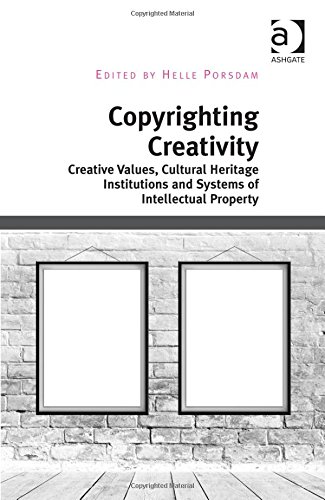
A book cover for Copyrighting Creativity: Creative Values, Cultural Heritage Institutions and Systems of Intellectual Property; Law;